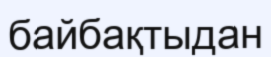
байбақтыдан